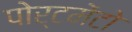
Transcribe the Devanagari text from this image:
पोर्टमेंटो